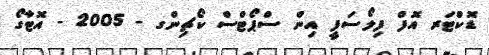
ޑޮކްޓަރ އޮފް ފިލޯސަފީ އިން ސްޕޯޓްސް ކޯޗިންގ - 2005 - އޮޓާގޯ